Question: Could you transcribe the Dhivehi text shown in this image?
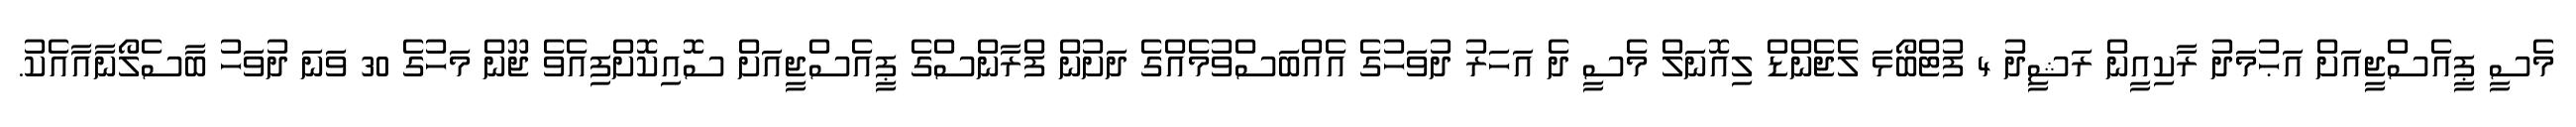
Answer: މެސީ ޕީއެސްޖީއަށް އަޙުމަދު ރާކިއީން ރަޝީދު 4 ފުޓްބޯޅަ ލެޖެންޑް ލިއޮނަލް މެސީ ދެ އަހަރު ދުވަހުގެ އެއްބަސްވުމެއްގެ ދަށުން ފްރާންސްގެ ޕީއެސްޖީއަށް ސޮއިކޮށްފިއެވެ ޖޫން މަހުގެ 30 ވަނަ ދުވަހު ބާސެލޯނާއާއެކު.